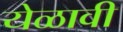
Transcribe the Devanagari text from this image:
येळावी